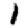
Digit: 1